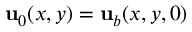
\mathbf { u } _ { 0 } ( x , y ) = \mathbf { u } _ { b } ( x , y , 0 )